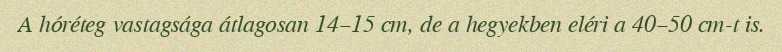
A hóréteg vastagsága átlagosan 14–15 cm, de a hegyekben eléri a 40–50 cm-t is.